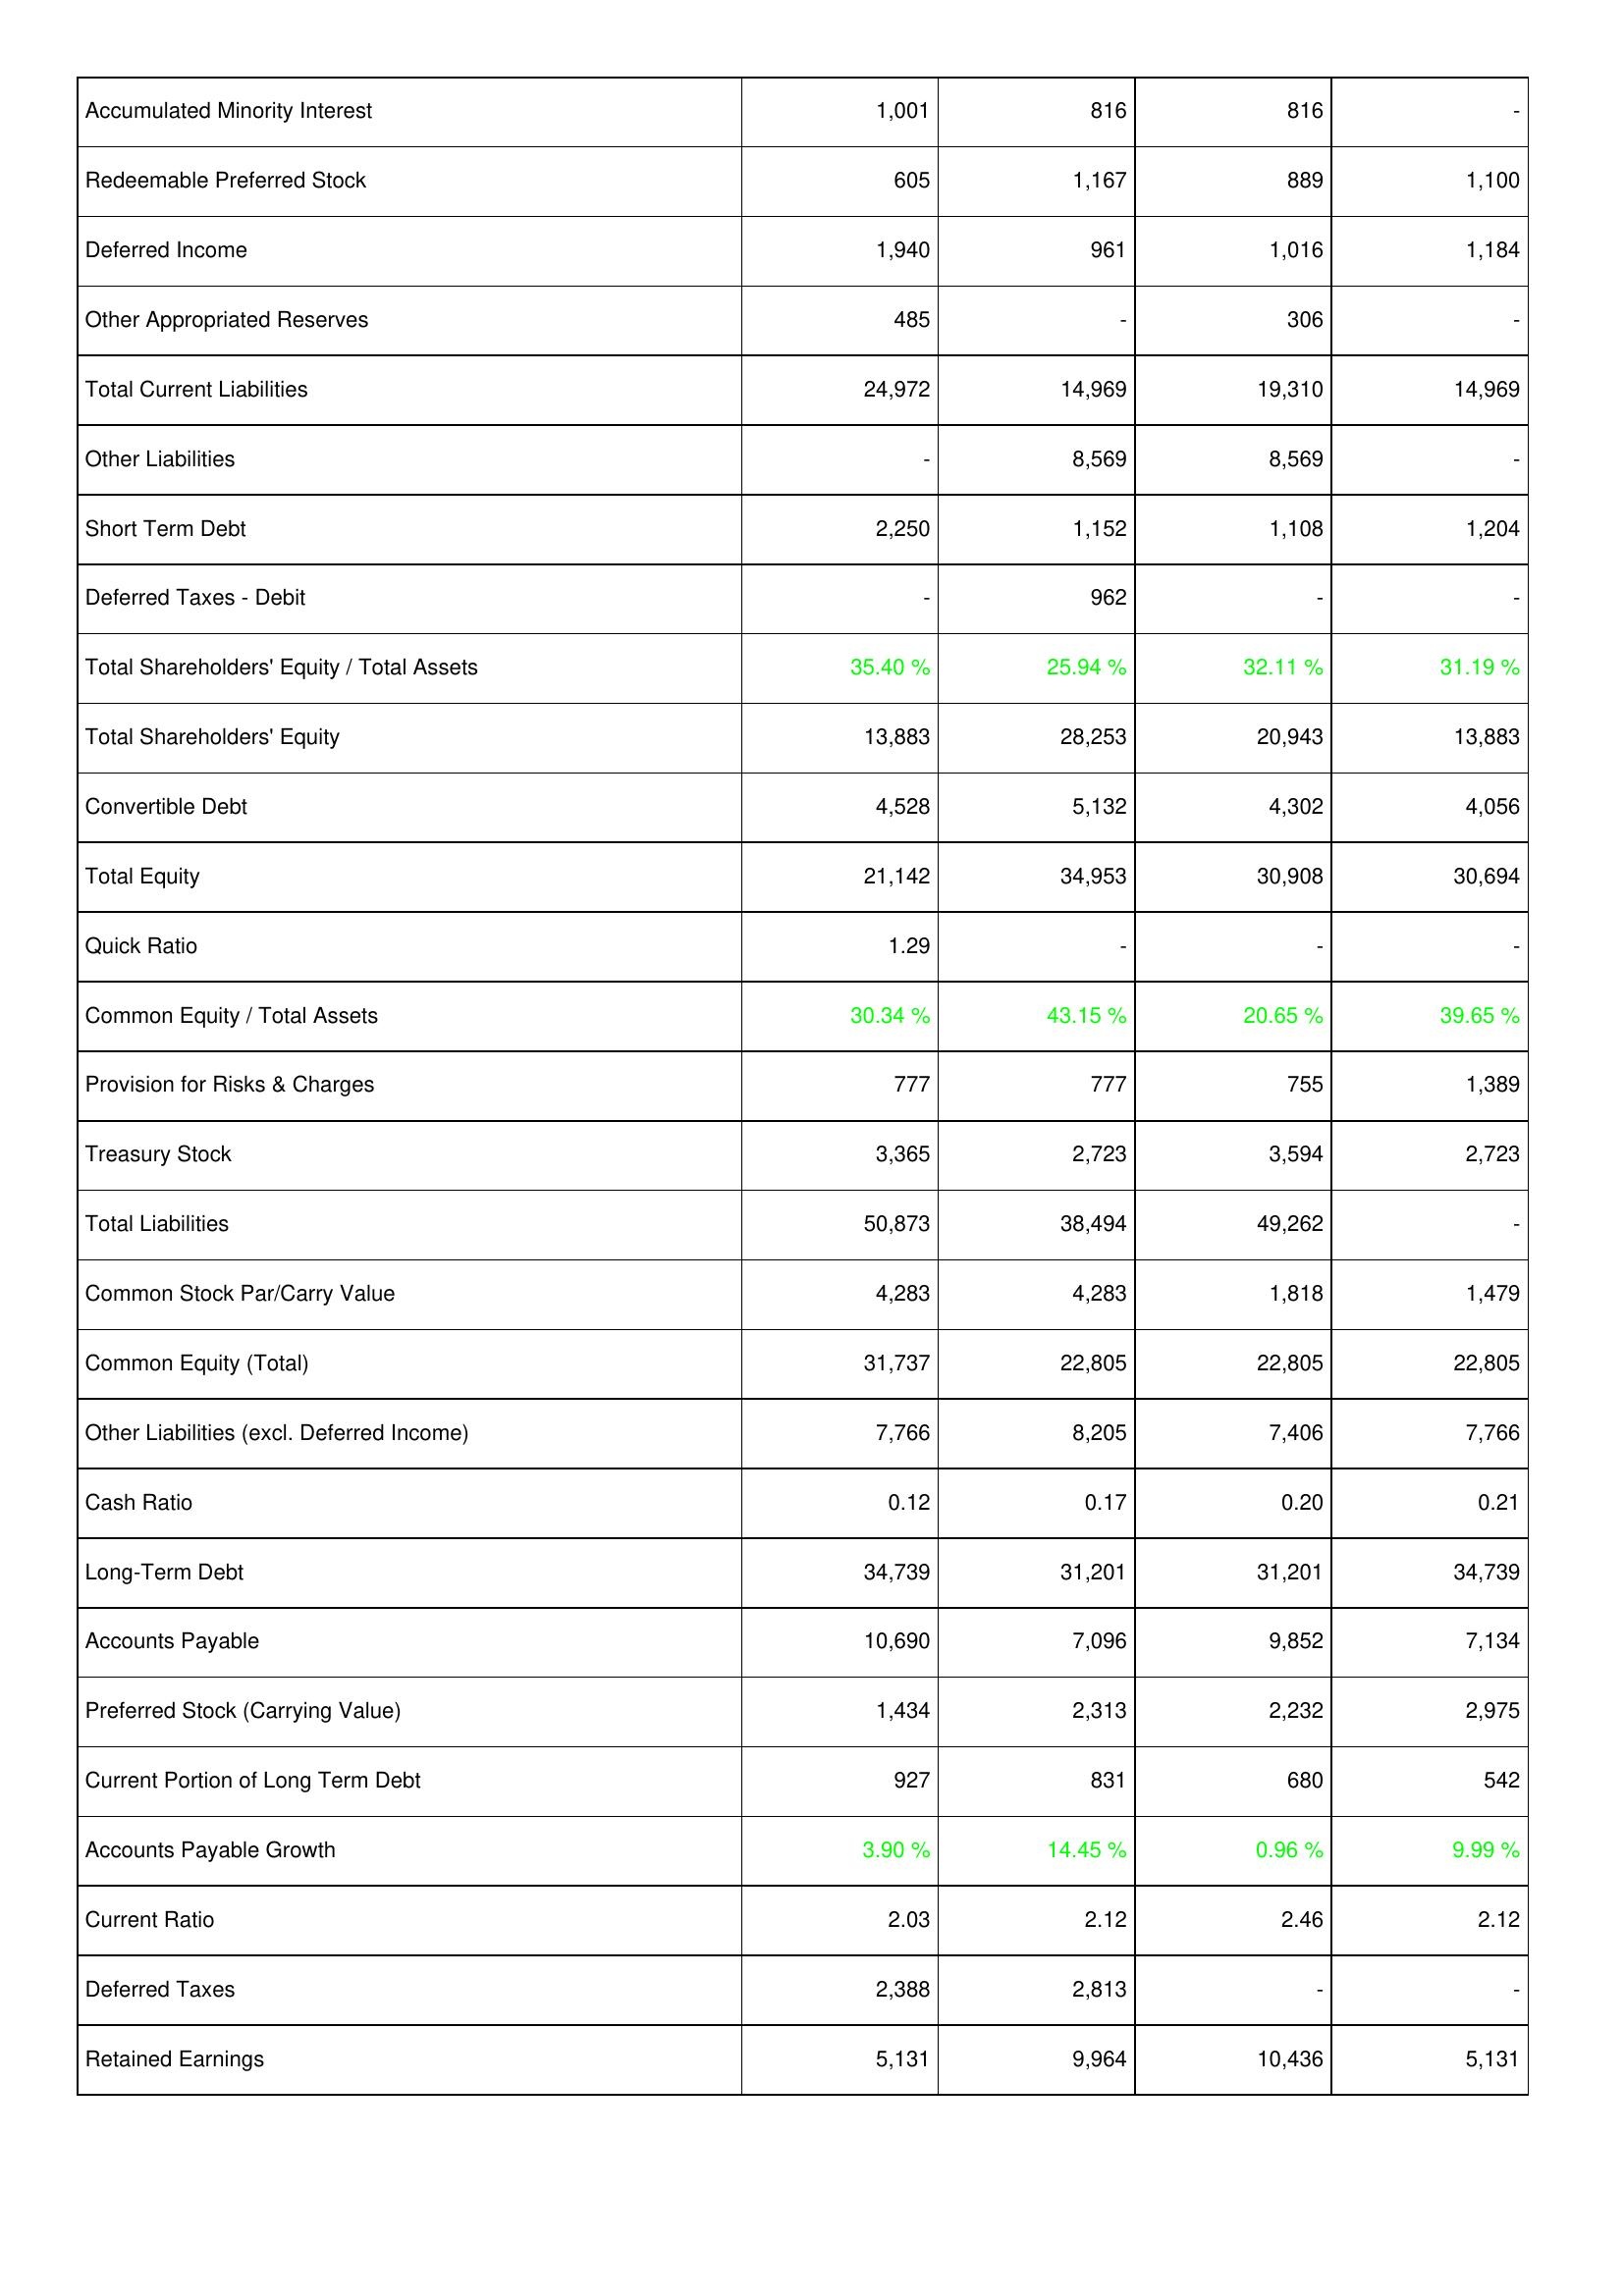
2019: Liabilities & Shareholders' Equity: Accumulated Minority Interest: 1,001
Redeemable Preferred Stock: 605
Deferred Income: 1,940
Other Appropriated Reserves: 485
Total Current Liabilities: 24,972
Other Liabilities: -
Short Term Debt: 2,250
Deferred Taxes - Debit: -
Total Shareholders' Equity / Total Assets: 35.40 %
Total Shareholders' Equity: 13,883
Convertible Debt: 4,528
Total Equity: 21,142
Quick Ratio: 1.29
Common Equity / Total Assets: 30.34 %
Provision for Risks & Charges: 777
Treasury Stock: 3,365
Total Liabilities: 50,873
Common Stock Par/Carry Value: 4,283
Common Equity (Total): 31,737
Other Liabilities (excl. Deferred Income): 7,766
Cash Ratio: 0.12
Long-Term Debt: 34,739
Accounts Payable: 10,690
Preferred Stock (Carrying Value): 1,434
Current Portion of Long Term Debt: 927
Accounts Payable Growth: 3.90 %
Current Ratio: 2.03
Deferred Taxes: 2,388
Retained Earnings: 5,131
2020: Liabilities & Shareholders' Equity: Accumulated Minority Interest: 816
Redeemable Preferred Stock: 1,167
Deferred Income: 961
Other Appropriated Reserves: -
Total Current Liabilities: 14,969
Other Liabilities: 8,569
Short Term Debt: 1,152
Deferred Taxes - Debit: 962
Total Shareholders' Equity / Total Assets: 25.94 %
Total Shareholders' Equity: 28,253
Convertible Debt: 5,132
Total Equity: 34,953
Quick Ratio: -
Common Equity / Total Assets: 43.15 %
Provision for Risks & Charges: 777
Treasury Stock: 2,723
Total Liabilities: 38,494
Common Stock Par/Carry Value: 4,283
Common Equity (Total): 22,805
Other Liabilities (excl. Deferred Income): 8,205
Cash Ratio: 0.17
Long-Term Debt: 31,201
Accounts Payable: 7,096
Preferred Stock (Carrying Value): 2,313
Current Portion of Long Term Debt: 831
Accounts Payable Growth: 14.45 %
Current Ratio: 2.12
Deferred Taxes: 2,813
Retained Earnings: 9,964
2021: Liabilities & Shareholders' Equity: Accumulated Minority Interest: 816
Redeemable Preferred Stock: 889
Deferred Income: 1,016
Other Appropriated Reserves: 306
Total Current Liabilities: 19,310
Other Liabilities: 8,569
Short Term Debt: 1,108
Deferred Taxes - Debit: -
Total Shareholders' Equity / Total Assets: 32.11 %
Total Shareholders' Equity: 20,943
Convertible Debt: 4,302
Total Equity: 30,908
Quick Ratio: -
Common Equity / Total Assets: 20.65 %
Provision for Risks & Charges: 755
Treasury Stock: 3,594
Total Liabilities: 49,262
Common Stock Par/Carry Value: 1,818
Common Equity (Total): 22,805
Other Liabilities (excl. Deferred Income): 7,406
Cash Ratio: 0.20
Long-Term Debt: 31,201
Accounts Payable: 9,852
Preferred Stock (Carrying Value): 2,232
Current Portion of Long Term Debt: 680
Accounts Payable Growth: 0.96 %
Current Ratio: 2.46
Deferred Taxes: -
Retained Earnings: 10,436
2022: Liabilities & Shareholders' Equity: Accumulated Minority Interest: -
Redeemable Preferred Stock: 1,100
Deferred Income: 1,184
Other Appropriated Reserves: -
Total Current Liabilities: 14,969
Other Liabilities: -
Short Term Debt: 1,204
Deferred Taxes - Debit: -
Total Shareholders' Equity / Total Assets: 31.19 %
Total Shareholders' Equity: 13,883
Convertible Debt: 4,056
Total Equity: 30,694
Quick Ratio: -
Common Equity / Total Assets: 39.65 %
Provision for Risks & Charges: 1,389
Treasury Stock: 2,723
Total Liabilities: -
Common Stock Par/Carry Value: 1,479
Common Equity (Total): 22,805
Other Liabilities (excl. Deferred Income): 7,766
Cash Ratio: 0.21
Long-Term Debt: 34,739
Accounts Payable: 7,134
Preferred Stock (Carrying Value): 2,975
Current Portion of Long Term Debt: 542
Accounts Payable Growth: 9.99 %
Current Ratio: 2.12
Deferred Taxes: -
Retained Earnings: 5,131